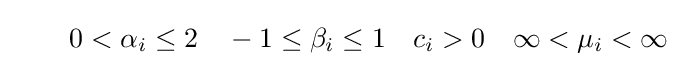
\qquad 0<\alpha _{i}\leq 2\quad -1\leq \beta _{i}\leq 1\quad c_{i}>0\quad \infty <\mu _{i}<\infty